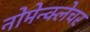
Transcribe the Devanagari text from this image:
नोमेन्क्लेचर